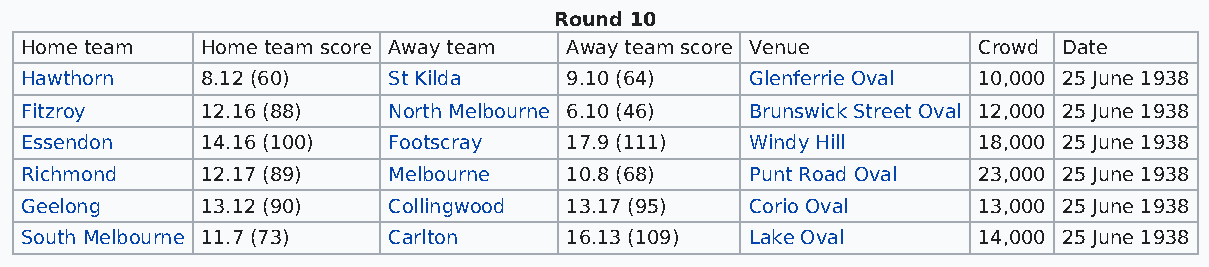
Round 10
 Home team   Home team score Away team Away team score Venue     Crowd Date
 Hawthorn    8.12 (60)    St Kilda   9.10 (64)    Glenferrie Oval 10,000 25 June 1938
 Fitzroy     12.16 (88)   North Melbourne 6.10 (46) Brunswick Street Oval 12,000 25 June 1938
 Essendon    14.16 (100)  Footscray  17.9 (111)   Windy Hill     18,000 25 June 1938
 Richmond    12.17 (89)   Melbourne  10.8 (68)    Punt Road Oval 23,000 25 June 1938
 Geelong     13.12 (90)   Collingwood 13.17 (95)  Corio Oval     13,000 25 June 1938
 South Melbourne 11.7 (73) Carlton   16.13 (109)  Lake Oval      14,000 25 June 1938